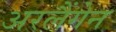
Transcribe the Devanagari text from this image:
अरलैंगेन